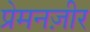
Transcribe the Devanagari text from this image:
प्रेमनज़ीर